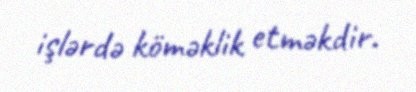
işlərdə köməklik etməkdir.